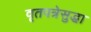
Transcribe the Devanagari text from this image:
वृतपत्रेसुद्धा